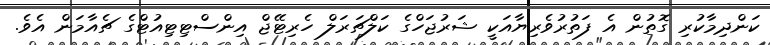
ކަންދިމާކުރި ގޮތުން އެ ފަތުރުވެރިޔާއަކީ ޝަރުޖަހްގެ ކަލްޗަރަލް ހެރިޓޭޖް އިންސްޓިޓިއުޓްގެ ޗެއާމަން އެވެ.